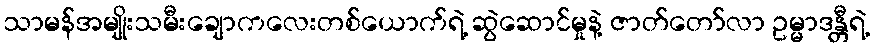
သာမန်အမျိုးသမီးချောကလေးတစ်ယောက်ရဲ့ ဆွဲဆောင်မှုနဲ့ ဇာတ်တော်လာ ဥမ္မာဒန္တီရဲ့